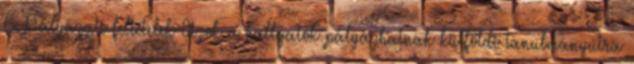
6. Pályázati feltételek Azok a hallgatók pályázhatnak külföldi tanulmányútra